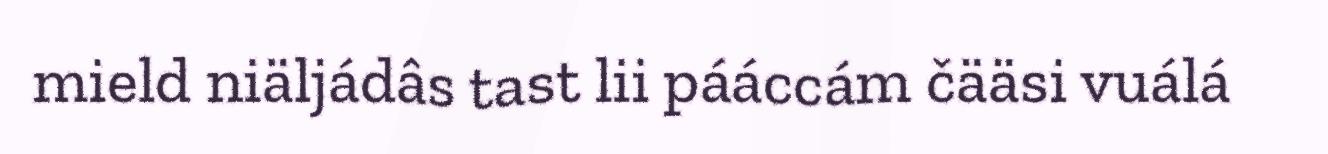
mield niäljádâs tast lii pááccám čääsi vuálá